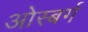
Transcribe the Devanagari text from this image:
ओस्बर्ग